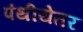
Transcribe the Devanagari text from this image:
पंथीयेतर